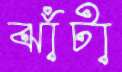
ঝাঁটা